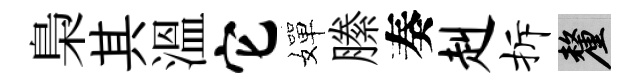
梟其溫它嬋縢奏赳拆厘